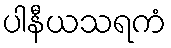
ပါနီယသရကံ